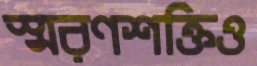
স্মরণশক্তিও